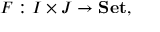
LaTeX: F : I \times J \to \mathbf { S e t } ,